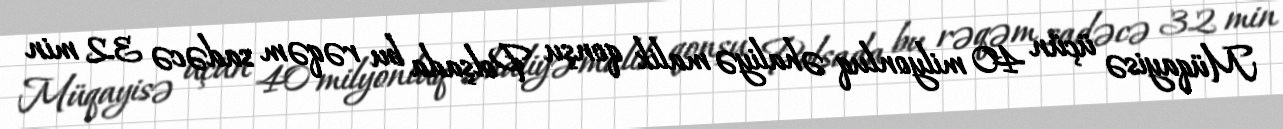
Müqayisə üçün 40 milyonluq əhaliyə malik qonşu Polşada bu rəqəm sadəcə 32 min